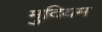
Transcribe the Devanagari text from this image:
मुदियम